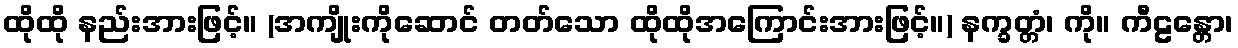
ထိုထို နည်းအားဖြင့်။ (အကျိုးကိုဆောင် တတ်သော ထိုထိုအကြောင်းအားဖြင့်။) နက္ခတ္တံ၊ ကို။ ကီဠန္တော၊